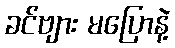
ခင်ဗျား မပြောနဲ့